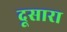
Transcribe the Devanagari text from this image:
दूसारा